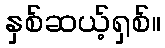
နှစ်ဆယ့်ရှစ်။